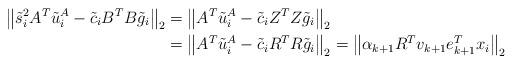
LaTeX: \begin{align*}\left\|\tilde{s}_i^2 A^T \tilde{u}_i^A - \tilde{c}_i B^T B \tilde{g}_i\right\|_2 &=\left\|A^T \tilde{u}_i^A - \tilde{c}_i Z^T Z \tilde{g}_i\right\|_2 \\ &=\left\|A^T \tilde{u}_i^A - \tilde{c}_i R^T R \tilde{g}_i\right\|_2 = \left\|\alpha_{k+1} R^T v_{k+1} e_{k+1}^T x_i\right\|_2\end{align*}